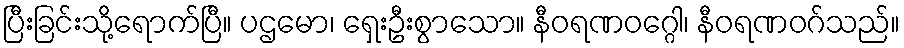
ပြီးခြင်းသို့ရောက်ပြီ။ ပဌမော၊ ရှေးဦးစွာသော။ နီဝရဏဝဂ္ဂေါ၊ နီဝရဏဝဂ်သည်။